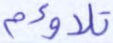
تلاؤم